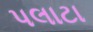
પલાટા